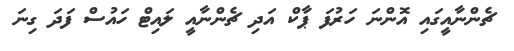
ޗެންނާއީގައި އޮންނަ ހަރުފަ ޕާކް އަދި ޗެންނާއީ ލައިޓް ހައުސް ފަދަ ގިނަ